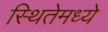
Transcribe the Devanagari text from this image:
स्थितेमध्ये